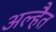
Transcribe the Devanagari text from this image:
अल्हैत